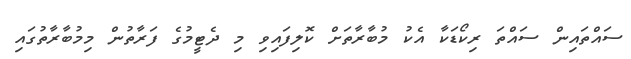
ސައްތައިން ސައްތަ ރިކޯޑަކާ އެކު މުބާރާތަށް ކޮލިފައިވި މި ދެޓީމުގެ ފަރާތުން މިމުބާރާތުގައި